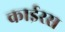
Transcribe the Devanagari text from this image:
काईरस